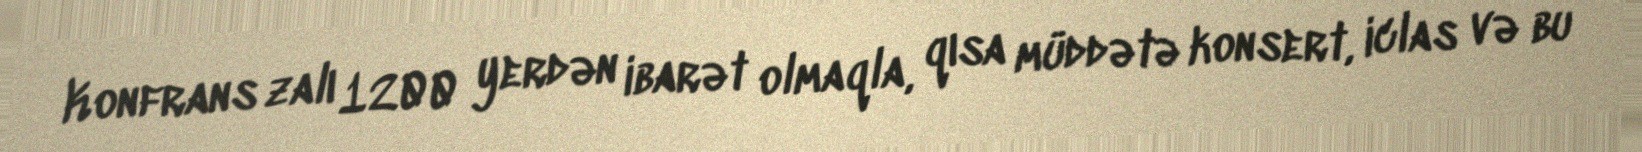
Konfrans zalı 1200 yerdən ibarət olmaqla, qısa müddətə konsert, iclas və bu